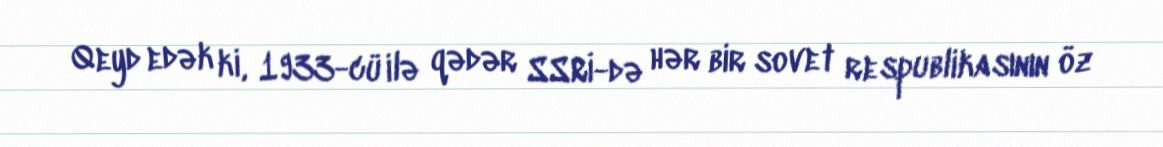
Qeyd edək ki, 1933-cü ilə qədər SSRİ-də hər bir sovet respublikasının öz